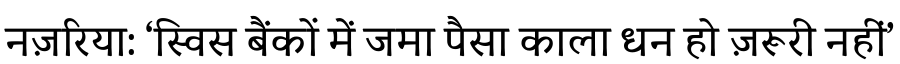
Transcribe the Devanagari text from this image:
नज़रिया: ‘स्विस बैंकों में जमा पैसा काला धन हो ज़रूरी नहीं’